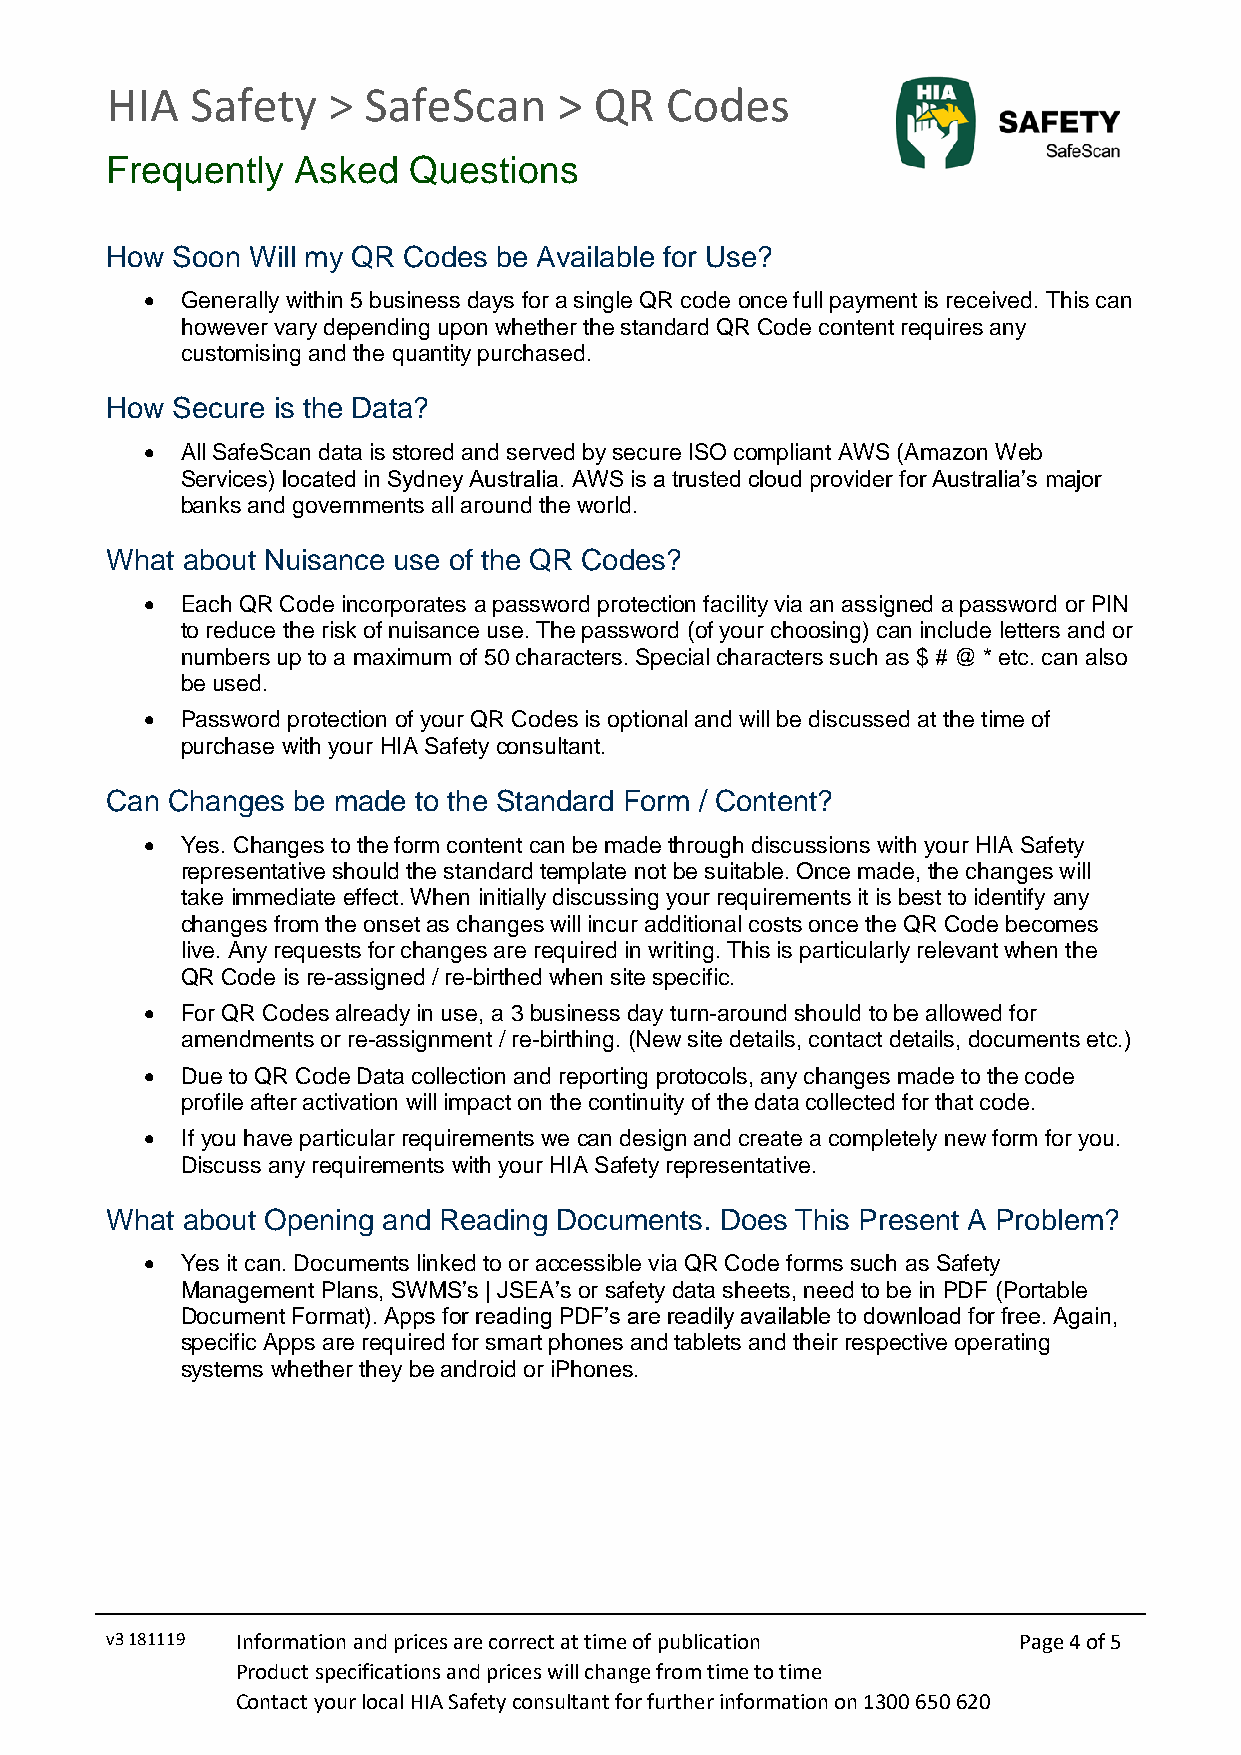
HIA   Safety   > SafeScan     > QR   Codes
 Frequently  Asked   Questions
 How Soon Will my QR Codes be Available for Use?
  Generally within 5 business days for a single QR code once full payment is received. This can
 however vary depending upon whether the standard QR Code content requires any
 customising and the quantity purchased.
 How Secure is the Data?
  All SafeScan data is stored and served by secure ISO compliant AWS (Amazon Web
 Services) located in Sydney Australia. AWS is a trusted cloud provider for Australia’s major
 banks and governments all around the world.
 What about Nuisance use of the QR Codes?
  Each QR Code incorporates a password protection facility via an assigned a password or PIN
 to reduce the risk of nuisance use. The password (of your choosing) can include letters and or
 numbers up to a maximum of 50 characters. Special characters such as $ # @ * etc. can also
 be used.
  Password protection of your QR Codes is optional and will be discussed at the time of
 purchase with your HIA Safety consultant.
 Can Changes be made to the Standard Form / Content?
  Yes. Changes to the form content can be made through discussions with your HIA Safety
 representative should the standard template not be suitable. Once made, the changes will
 take immediate effect. When initially discussing your requirements it is best to identify any
 changes from the onset as changes will incur additional costs once the QR Code becomes
 live. Any requests for changes are required in writing. This is particularly relevant when the
 QR Code is re-assigned / re-birthed when site specific.
  For QR Codes already in use, a 3 business day turn-around should to be allowed for
 amendments or re-assignment / re-birthing. (New site details, contact details, documents etc.)
  Due to QR Code Data collection and reporting protocols, any changes made to the code
 profile after activation will impact on the continuity of the data collected for that code.
  If you have particular requirements we can design and create a completely new form for you.
 Discuss any requirements with your HIA Safety representative.
 What about Opening and Reading Documents. Does This Present A Problem?
  Yes it can. Documents linked to or accessible via QR Code forms such as Safety
 Management Plans, SWMS’s | JSEA’s or safety data sheets, need to be in PDF (Portable
 Document Format). Apps for reading PDF’s are readily available to download for free. Again,
 specific Apps are required for smart phones and tablets and their respective operating
 systems whether they be android or iPhones.
 v3 181119 Information and prices are correct at time of publication Page 4 of 5
 Product specifications and prices will change from time to time
 Contact your local HIA Safety consultant for further information on 1300 650 620